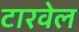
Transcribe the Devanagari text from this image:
टारवेल